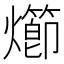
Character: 㸅